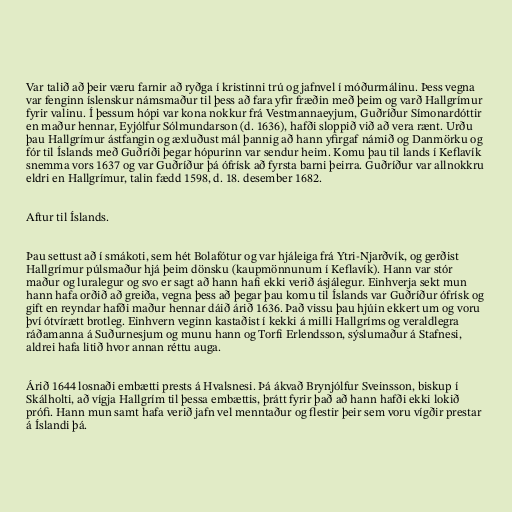
Var talið að þeir væru farnir að ryðga í kristinni trú og jafnvel í móðurmálinu. Þess vegna
var fenginn íslenskur námsmaður til þess að fara yfir fræðin með þeim og varð Hallgrímur
fyrir valinu. Í þessum hópi var kona nokkur frá Vestmannaeyjum, Guðríður Símonardóttir
en maður hennar, Eyjólfur Sólmundarson (d. 1636), hafði sloppið við að vera rænt. Urðu
þau Hallgrímur ástfangin og æxluðust mál þannig að hann yfirgaf námið og Danmörku og
fór til Íslands með Guðríði þegar hópurinn var sendur heim. Komu þau til lands í Keflavík
snemma vors 1637 og var Guðríður þá ófrísk að fyrsta barni þeirra. Guðríður var allnokkru
eldri en Hallgrímur, talin fædd 1598, d. 18. desember 1682.

Aftur til Íslands.

Þau settust að í smákoti, sem hét Bolafótur og var hjáleiga frá Ytri-Njarðvík, og gerðist
Hallgrímur púlsmaður hjá þeim dönsku (kaupmönnunum í Keflavík). Hann var stór
maður og luralegur og svo er sagt að hann hafi ekki verið ásjálegur. Einhverja sekt mun
hann hafa orðið að greiða, vegna þess að þegar þau komu til Íslands var Guðríður ófrísk og
gift en reyndar hafði maður hennar dáið árið 1636. Það vissu þau hjúin ekkert um og voru
því ótvírætt brotleg. Einhvern veginn kastaðist í kekki á milli Hallgríms og veraldlegra
ráðamanna á Suðurnesjum og munu hann og Torfi Erlendsson, sýslumaður á Stafnesi,
aldrei hafa litið hvor annan réttu auga.

Árið 1644 losnaði embætti prests á Hvalsnesi. Þá ákvað Brynjólfur Sveinsson, biskup í
Skálholti, að vígja Hallgrím til þessa embættis, þrátt fyrir það að hann hafði ekki lokið
prófi. Hann mun samt hafa verið jafn vel menntaður og flestir þeir sem voru vígðir prestar
á Íslandi þá.